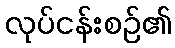
လုပ်ငန်းစဉ်၏